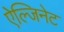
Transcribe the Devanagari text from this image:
ऐल्जिनेट